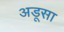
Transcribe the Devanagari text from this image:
अडूसा